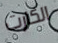
الكارت